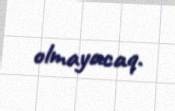
olmayacaq.